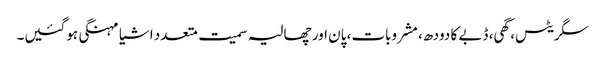
سگریٹس، گھی، ڈبے کا دودھ، مشروبات، پان اور چھالیہ سمیت متعدد اشیا مہنگی ہوگئیں۔